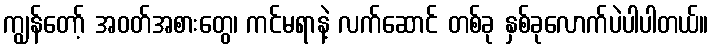
ကျွန်တော့် အဝတ်အစားတွေ၊ ကင်မရာနဲ့ လက်ဆောင် တစ်ခု နှစ်ခုလောက်ပဲပါပါတယ်။